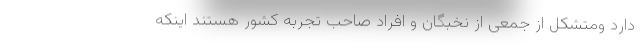
دارد ومتشکل از جمعی از نخبگان و افراد صاحب تجربه کشور هستند اینکه